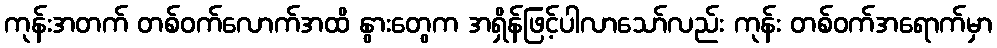
ကုန်းအတက် တစ်ဝက်လောက်အထိ နွားတွေက အရှိန်ဖြင့်ပါလာသော်လည်း ကုန်း တစ်ဝက်အရောက်မှာ